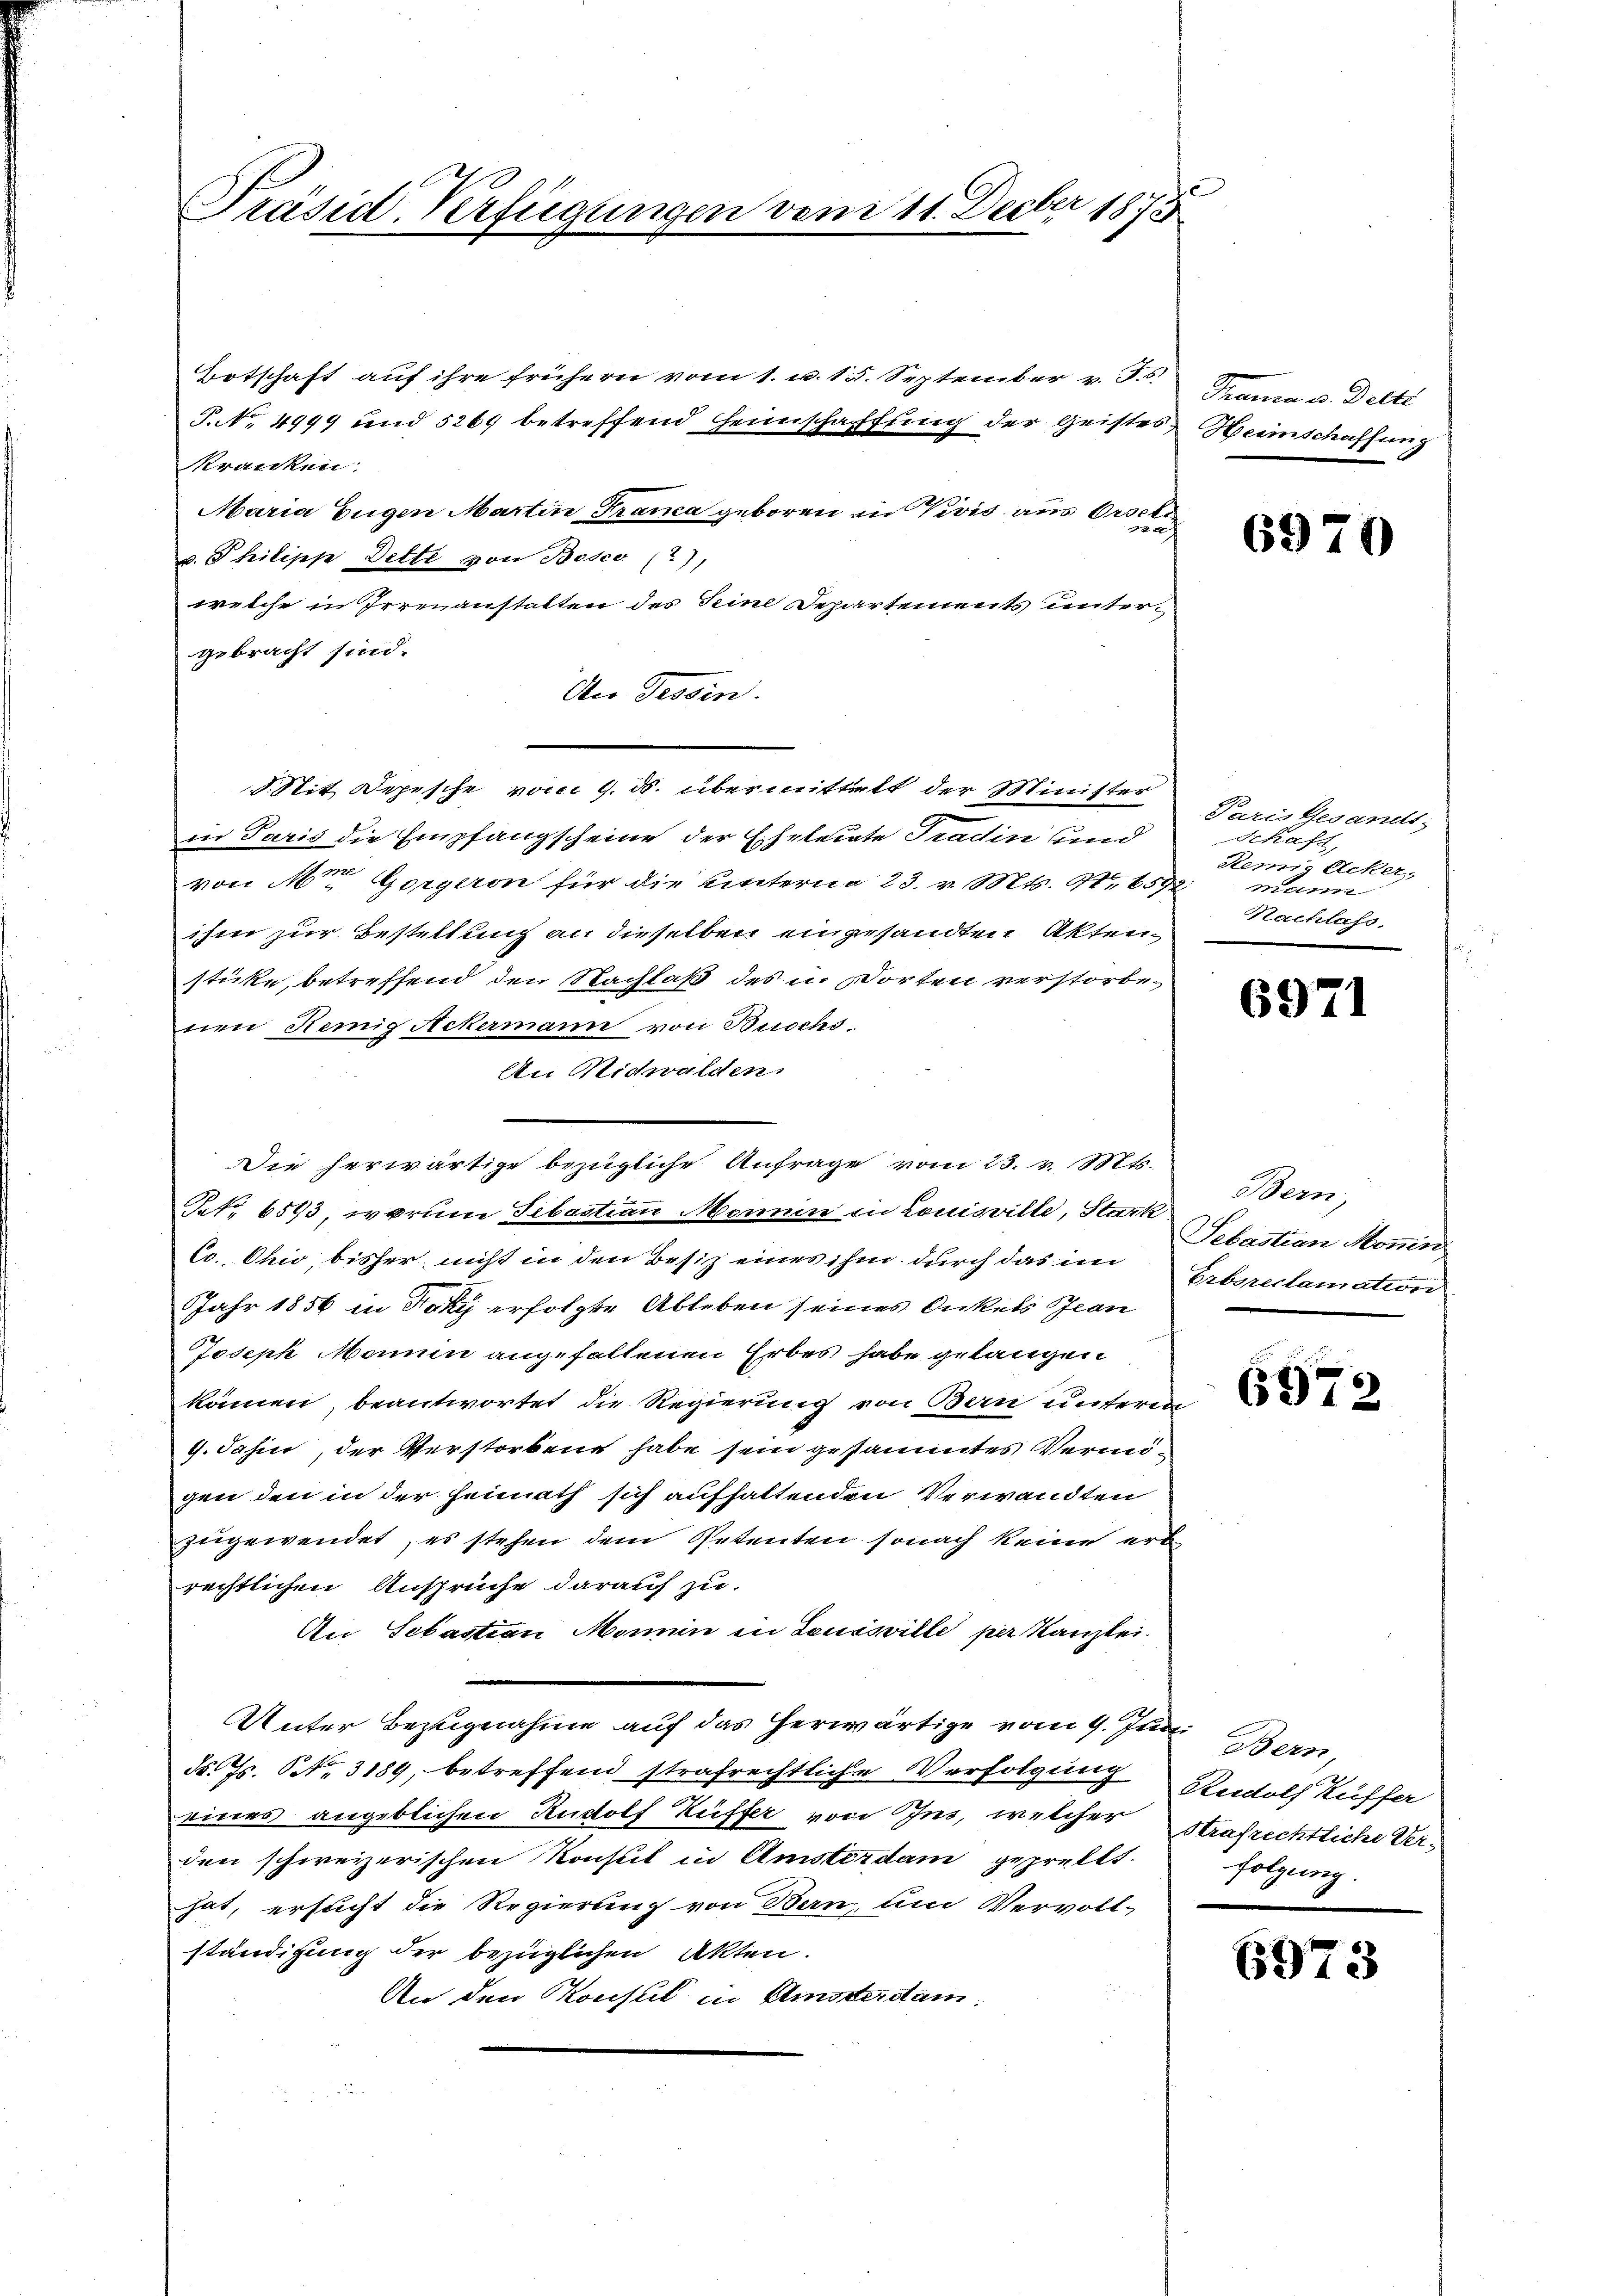
Präsid-Verfügungen von 11. Decbr 1873

Totschaft auf ihre frühern vom 1. u. 15. September v. J.
P. Nr. 4999 und 5269 betreffend Heimschaffung der Geistes,
Kranken:
Maria Eugen Martin Franca geboren in Vivis aus Orselis
v. Philipp Dette von Bosco (?),
welche in Irrenanstalten des Seine Departements untergebracht sind.
An Tessin.
d. Mit Depesche vom 9. ds. übermittelt der Minister
in Paris die Empfangscheine der Eheleute Tradin und
von Mr. Gorgeron für die unterna 23. v. Mts. No 6592
ihm zur Bestellung an dieselben eingesandten Akten
stücke, betreffend den Nachlaß des in Worten verstorbenen Remig Ackermann von Buschs.
An Nidwalden.
Nr. 6513, worum Sebastian Momen in Louisville, Stark
Co. Ohio, bisher nicht in den Besiz eines ihm durch das im Erbreclamation
Jahr 1856 in Faky erfolgte Ableben seines Onkels Bean
Joseph Mann angefallenen Erbes habe gelangen
können, beantwortet die Regierung von Bern unteren
G. Jahn, der Verstorbene habe sein gesammtes Vermigen den in der Heimath sich aufhaltenden Verwandten
zugewendet, es stehen dem Petenten sonach keine erb
rechtlichen Ansprüche darauf zu
An Sebastian Momen in Louisville per Kanzlei.
Unter Bezugnahme auf das herwärtige vom 9. Juni Bern,
d. Js. No. 3189, betreffend strafrechtliche Verfolgung Rewolf Küffer
eines angeblichen Rudolf Küffer von Ins, welcher Strafrechtliche Verden schweizerischen Konsul in Amsterdam geprellt.
hat, ersucht die Regierung von Bern, um Vervoll-
ständigung der bezüglichen Akten.
An den Konsul in Amsterstam

Die herwärtige bezügliche Anfrage vom 23. v. Mts.

Tranna u. Dette
Heimschaffung

6970

Paris Gesandt,
Schaft,
Remig Acker,
mann
Nachlass,

6971

Bern,
Sebastian Monin,

6972

folgung.

6973